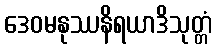
ဒေဝမနုဿနိရယာဒိသုတ္တံ